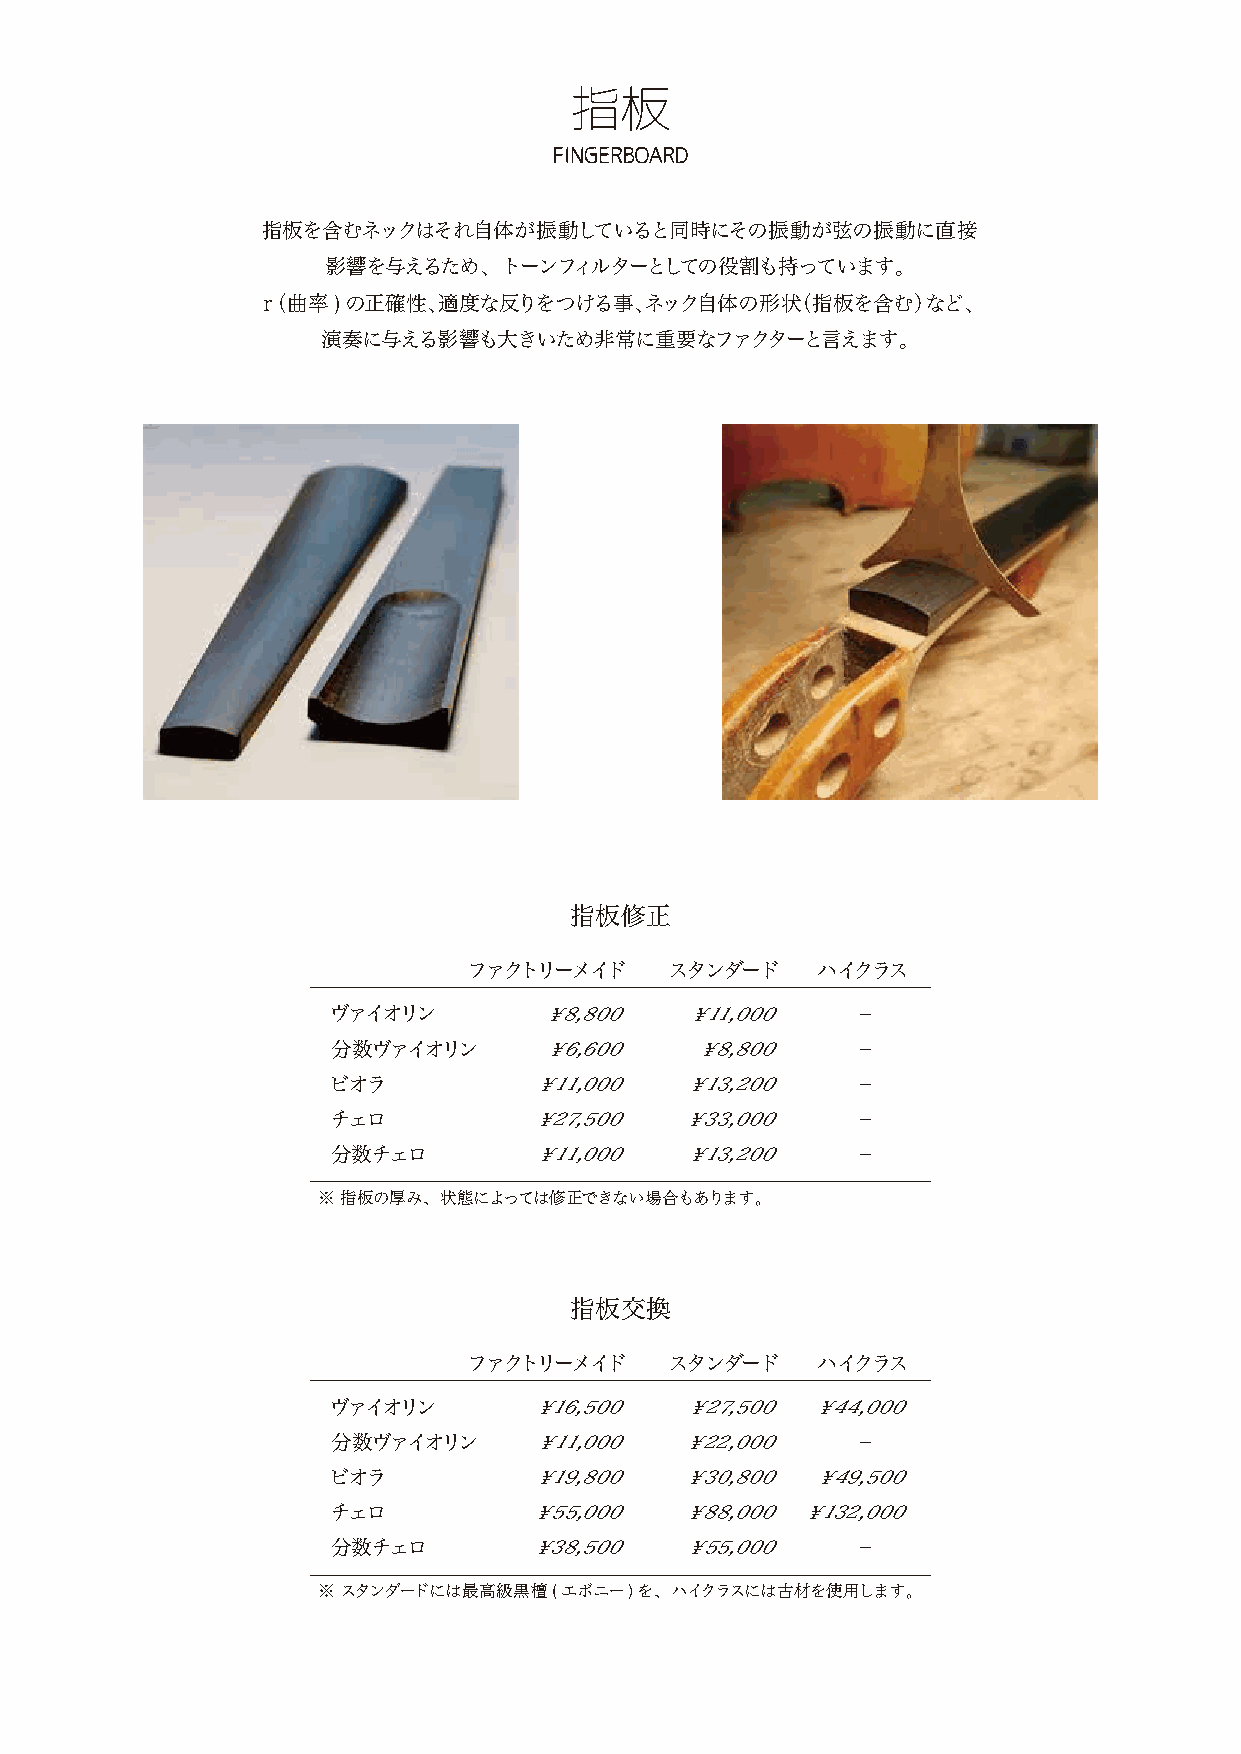
指板
 FINGERBOARD
 指板を含むネックはそれ自体が振動していると同時にその振動が弦の振動に直接
 影響を与えるため、トーンフィルターとしての役割も持っています。
 ｒ（曲率)の正確性、適度な反りをつける事、ネック自体の形状（指板を含む）など、
 演奏に与える影響も大きいため非常に重要なファクターと言えます。
 指板修正
 ファクトリーメイド    スタンダード    ハイクラス
 ヴァイオリン        ￥8,800   ￥11,000    −
 分数ヴァイオリン      ￥6,600    ￥8,800    −
 ビオラ          ￥11,000   ￥13,200    −
 チェロ          ￥27,500   ￥33,000    −
 分数チェロ        ￥11,000   ￥13,200    −
 ※ 指板の厚み、状態によっては修正できない場合もあります。
 指板交換
 ファクトリーメイド    スタンダード    ハイクラス
 ヴァイオリン       ￥16,500   ￥27,500  ￥44,000
 分数ヴァイオリン     ￥11,000   ￥22,000    −
 ビオラ          ￥19,800   ￥30,800  ￥49,500
 チェロ          ￥55,000   ￥88,000 ￥132,000
 分数チェロ        ￥38,500   ￥55,000    −
 ※ スタンダードには最高級黒檀(エボニー)を、ハイクラスには古材を使用します。